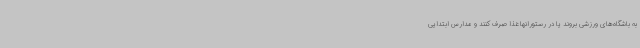
به باشگاه‌های ورزشی بروند یا در رستورانها غذا صرف کنند و مدارس ابتدایی